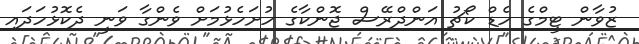
ޒުވާން ޓީމްގެ ހެޑް ކޯޗު އަންދްރޭސް ޖޮންކާގެ ހުށަހެޅުމަށް ވެންގާ ވަނީ ދެކޮޅުހަދައި